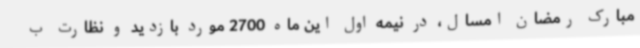
مبارک رمضان امسال، در نیمه اول این ماه 2700 مورد بازدید و نظارت ب